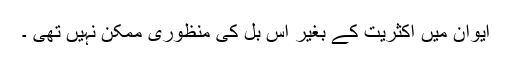
ایوان میں اکثریت کے بغیر اس بل کی منظوری ممکن نہیں تھی ۔